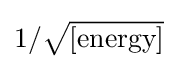
{\textstyle 1/{\sqrt {\text{[energy]}}}}